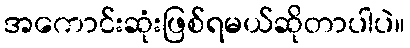
အကောင်းဆုံးဖြစ်ရမယ်ဆိုတာပါပဲ။